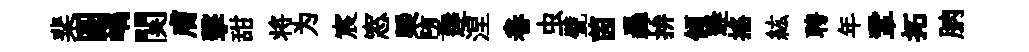
棐圆嵎関膚擊甜将为宸窓㮣堕逹涅卷虫甓茵轟拚傾逄摇紘聘年鞏拓朒